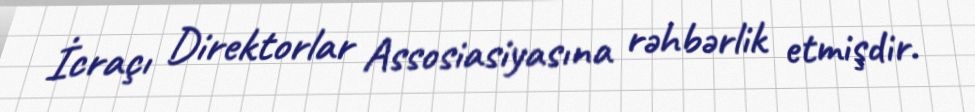
İcraçı Direktorlar Assosiasiyasına rəhbərlik etmişdir.